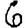
Digit: 6